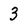
Character: 3